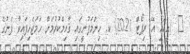
_ (ޢީއައި އޭ ރިޕޯޓް 2021) ކ. ހިންމަފުށީގައި ޤާއިމްކުރުމަށް ހަމަޖެހިފައިވާ ފެނުގެ